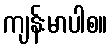
ကျန်းမာပါစ။